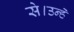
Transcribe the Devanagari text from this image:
से।उन्हें